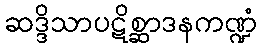
ဆဒ္ဒိသာပဋိစ္ဆာဒနကဏ္ဍံ